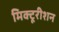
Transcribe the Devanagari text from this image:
मिक्टूरीशन